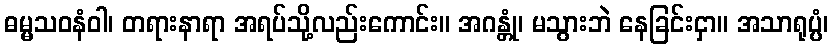
ဓမ္မသဝနံဝါ၊ တရားနာရာ အရပ်သို့လည်းကောင်း။ အဂန္တုံ၊ မသွားဘဲ နေခြင်းငှာ။ အသာရုပ္ပံ၊